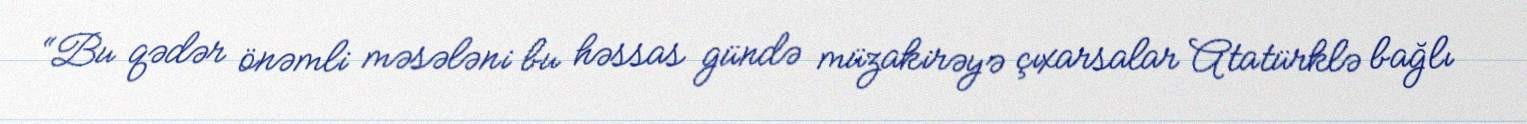
“Bu qədər önəmli məsələni bu həssas gündə müzakirəyə çıxarsalar Atatürklə bağlı